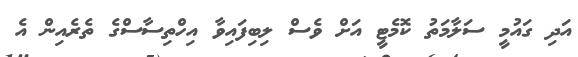
އަދި ގައުމީ ސަލާމަތު ކޮމެޓީ އަށް ވެސް ލިބިފައިވާ އިހްތިސާސްގެ ތެރެއިން އެ